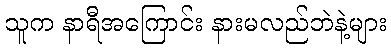
သူက နာရီအကြောင်း နားမလည်ဘဲနဲ့များ